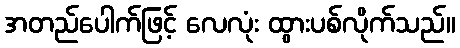
အတည်ပေါက်ဖြင့် လေလုံး ထွားပစ်လိုက်သည်။